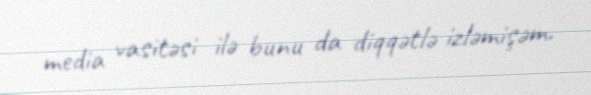
media vasitəsi ilə bunu da diqqətlə izləmişəm.